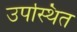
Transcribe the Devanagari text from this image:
उपस्थित